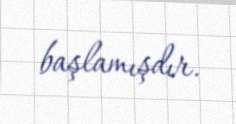
başlamışdır.